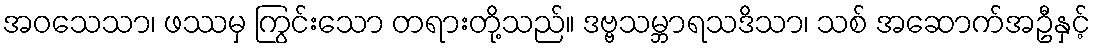
အဝသေသာ၊ ဖဿမှ ကြွင်းသော တရားတို့သည်။ ဒဗ္ဗသမ္ဘာရသဒိသာ၊ သစ် အဆောက်အဦနှင့်